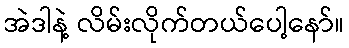
အဲဒါနဲ့ လိမ်းလိုက်တယ်ပေါ့နော်။